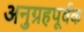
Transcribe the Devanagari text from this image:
अनुग्रहपूर्वक